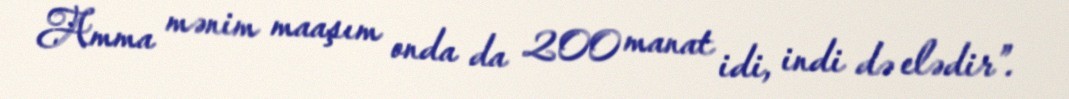
Amma mənim maaşım onda da 200 manat idi, indi də elədir”.